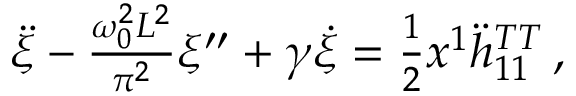
\begin{array} { r } { \ddot { \xi } - \frac { \omega _ { 0 } ^ { 2 } L ^ { 2 } } { \pi ^ { 2 } } \xi ^ { \prime \prime } + \gamma \dot { \xi } = \frac { 1 } { 2 } x ^ { 1 } \ddot { h } _ { 1 1 } ^ { T T } \, , } \end{array}